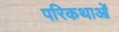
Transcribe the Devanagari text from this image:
परिकथाओं